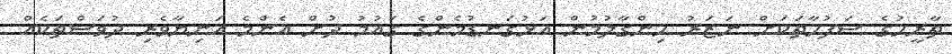
ތާރީހުގެ ސަފުހާތަކަށް ނަޒަރު ހިންގާލުމުން އަޅުގަނޑުމެންގެ ގައުމު ދުށް އެންމެ އަނިޔާވެރި ދުވަސްތަކެއް